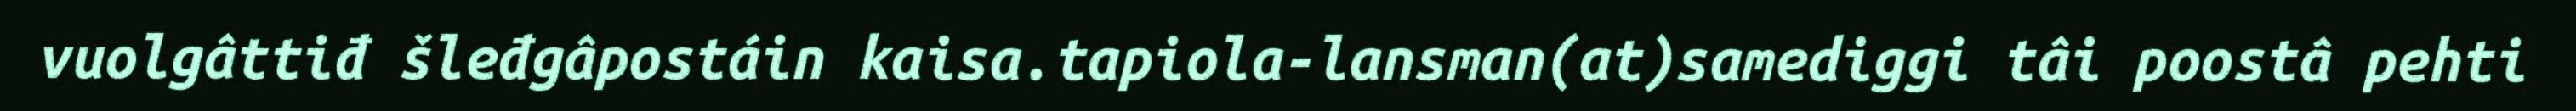
vuolgâttiđ šleđgâpostáin kaisa.tapiola-lansman(at)samediggi tâi poostâ pehti